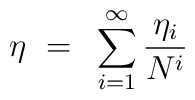
\eta ~=~ \sum_{i=1}^\infty \frac{\eta_i}{N^i}